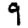
Digit: 9